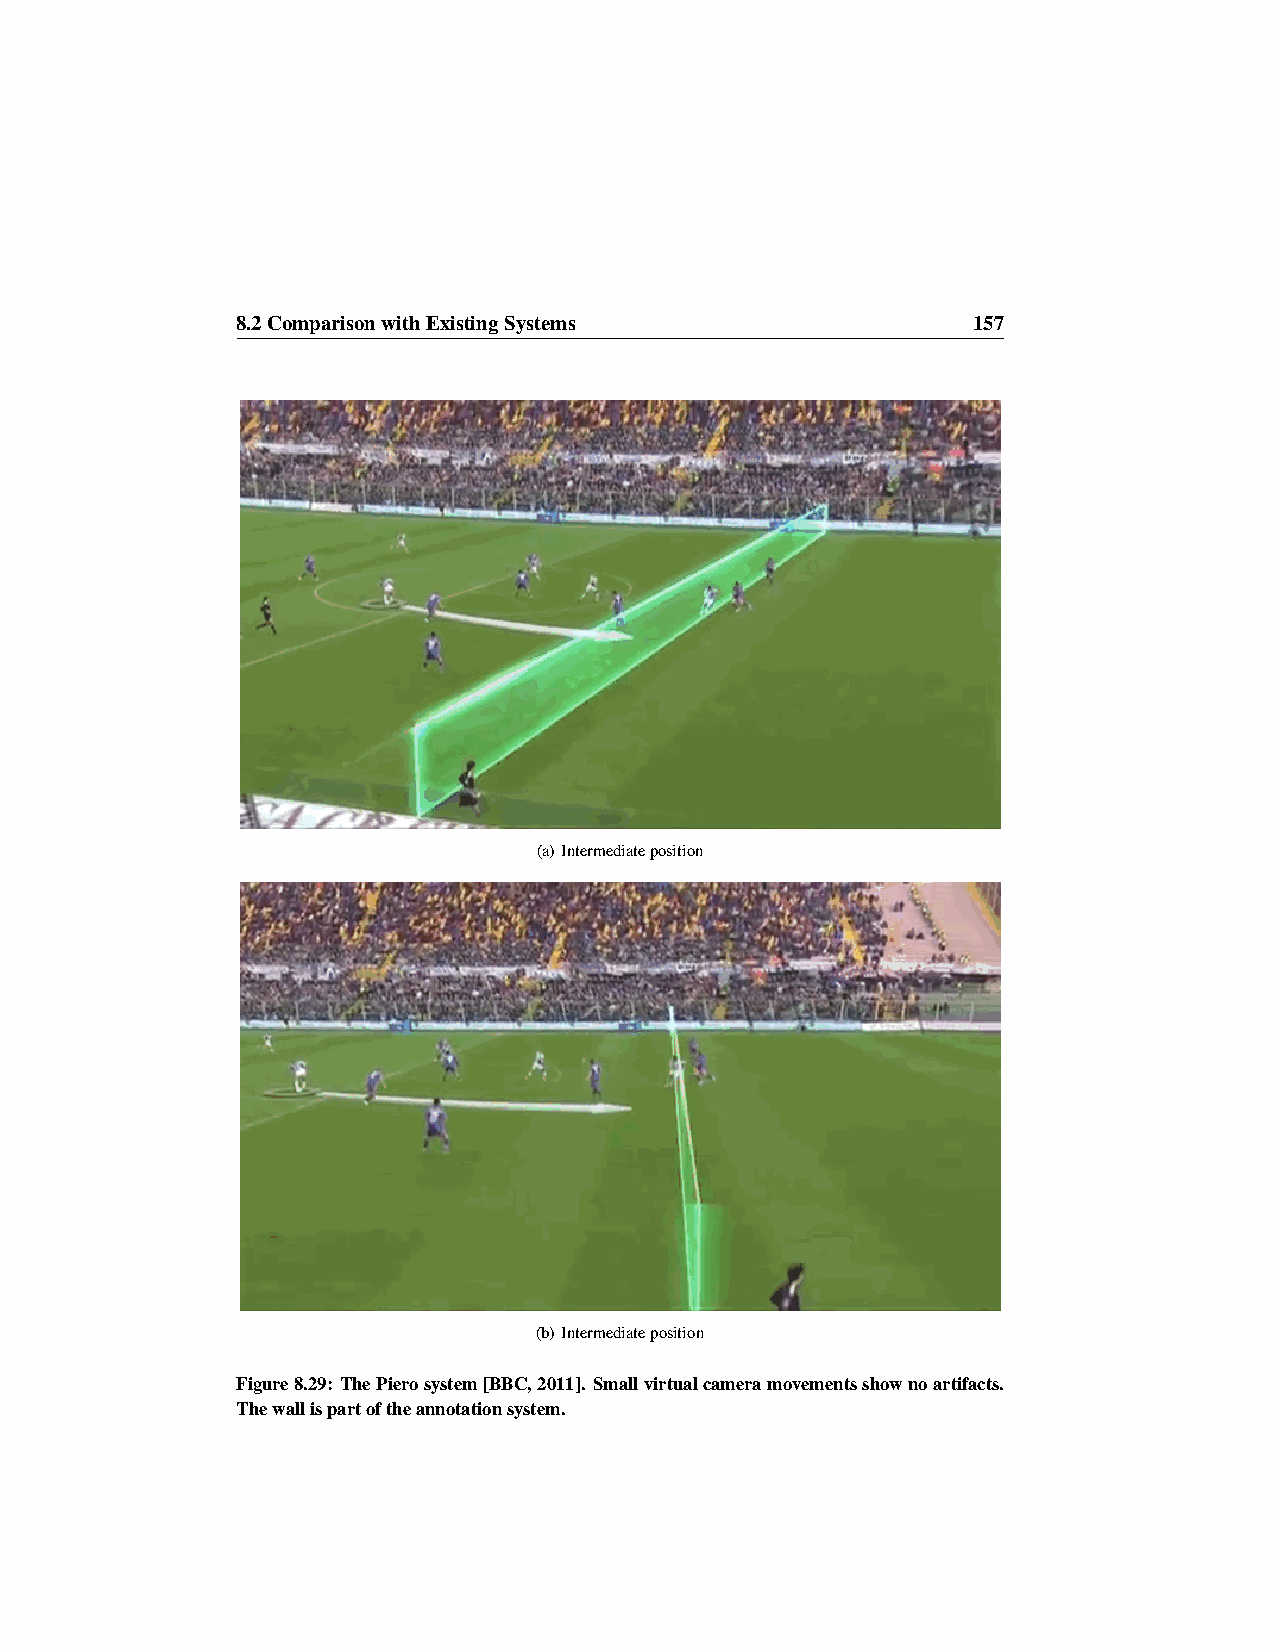
8.2ComparisonwithExistingSystems                157
 (a) Intermediateposition
 (b) Intermediateposition
 Figure8.29: ThePierosystem[BBC,2011]. Smallvirtualcameramovementsshownoartifacts.
 Thewallispartoftheannotationsystem.